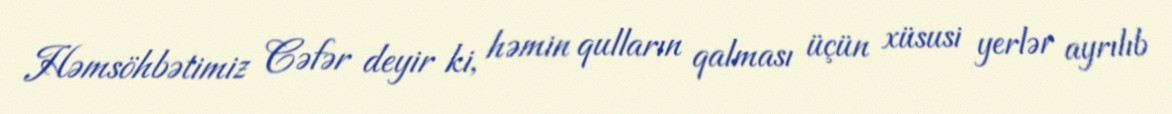
Həmsöhbətimiz Cəfər deyir ki, həmin qulların qalması üçün xüsusi yerlər ayrılıb